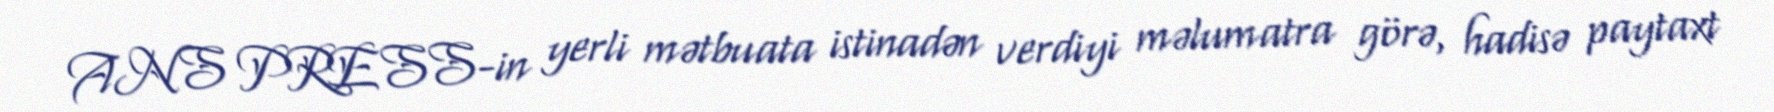
ANS PRESS-in yerli mətbuata istinadən verdiyi məlumatra görə, hadisə paytaxt